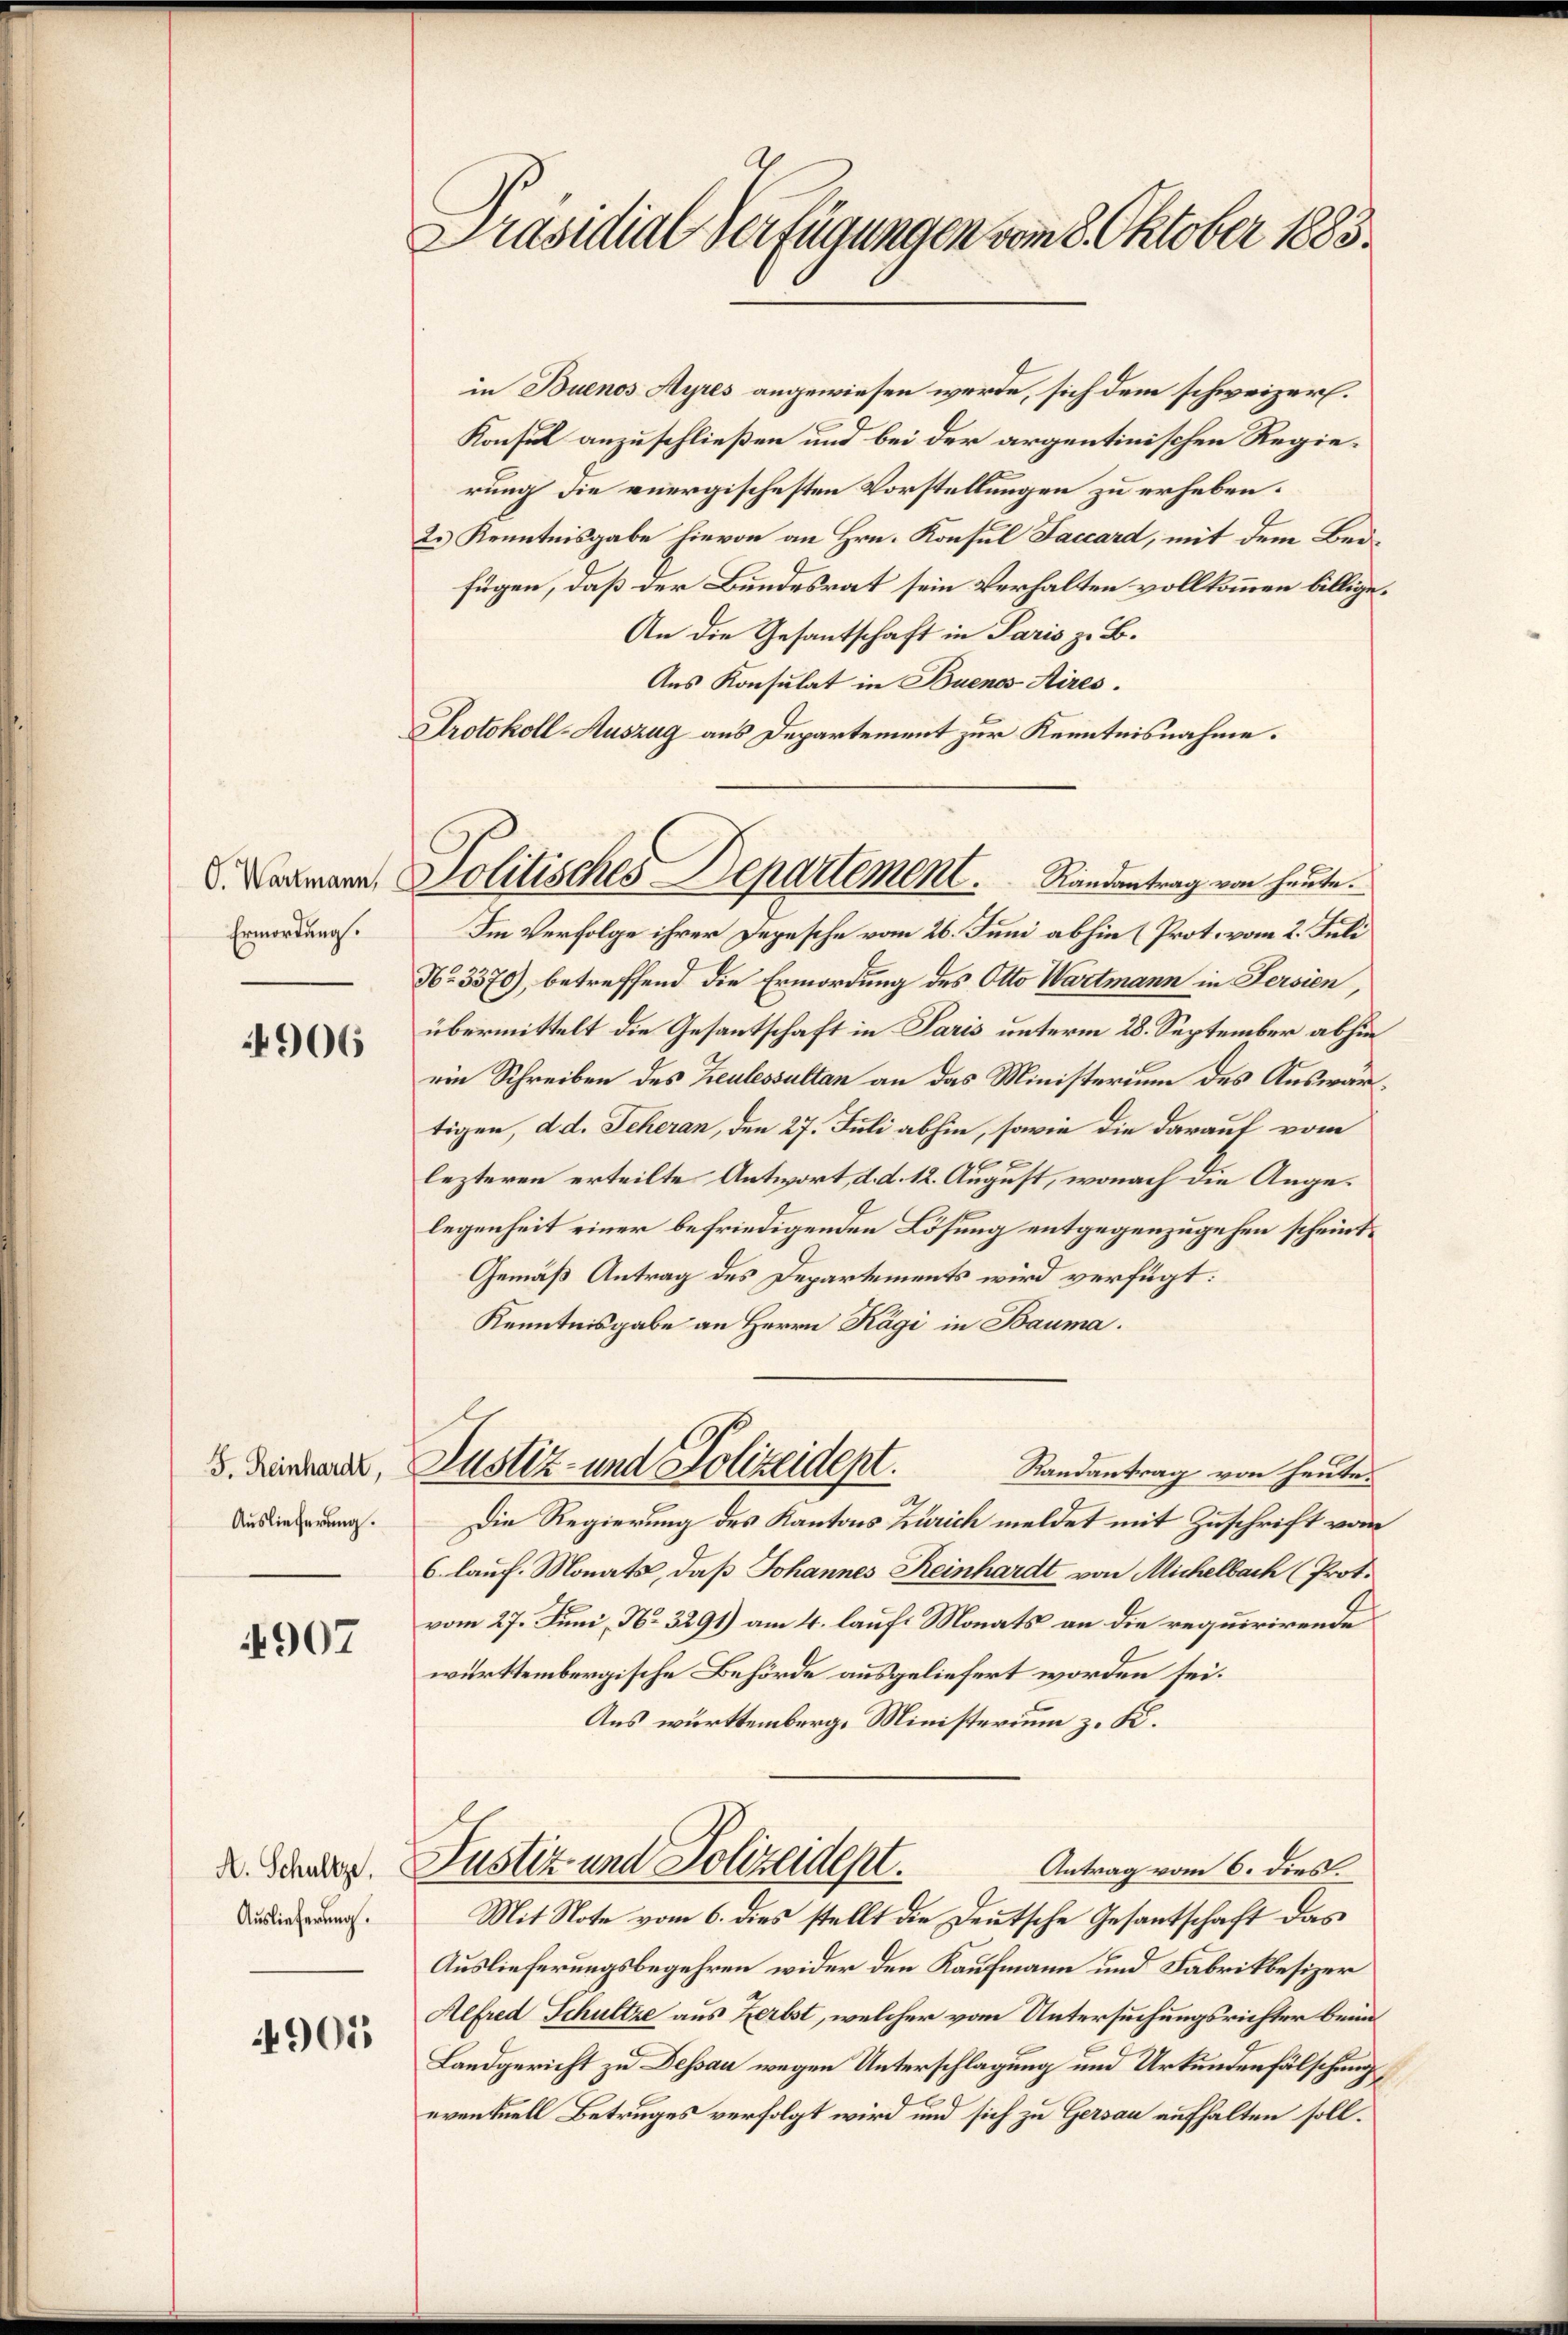
Präsidial Verfügungen vom 8. Oktober 1883.

in Buenos Ayres angewiesen werde, sich dem schweizer.
Konsul anzuschließen und bei der argentinischen Regierung die energischesten Vorstellungen zu erheben.
2.) Kenntnisgabe hievon an Hrn. Konsul Faccard, mit dem Beifügen, daß der Bundesrat sein Verhalten vollkommen billige.
An die Gesantschaft in Paris z. B.
Aus Konsulat in Buenos Aires.
Im Verfolge ihrer Depesche vom 26. Juni abhin (Prot. vom 2. Juli
No 3370), betreffend die Ermordung des Otto Wartmann in Fersien,
übermittelt die Gesantschaft in Paris unterm 28. September abhin
ein Schreiben des Zeulessultan an das Ministerium des Auswärtigen, d. d. Scheran, den 27. Juli abhin, sowie die darauf vom
lezteren erteilte Antwort, d. d. 12. August, wonach die Angelegenheit einer befriedigenden Lösung entgegenzugehen scheint.
Gemäß Antrag des Departements wird verfügt:
Kenntnisgabe an Herrn Kägi in Bauma.
Justiz- und Polizeidept.
Randantrag von heute.
A
Die Regierung des Kantons Zürich meldet mit Zuschrift vom
6 lauf. Monats, daß Johannes Reinhardt von Michelbach (Prot.
vom 27. Juni, No. 3291) am 4. lauf Monats an die requirirende
württembergische Behörde ausgeliefert worden sei.
Aus württemberg, Ministerium z. K.
D. Schader Justiz und Polizeident.
Antrag vom 6. dies
Mit Note vom 6. dies stellt die Deutsche Gesantschaft das
Auslieferungsbegehren wider den Kaufmann und Fabrikbesizer
Alfred Schultze aus Herbst, welcher vom Untersuchungsrichter beim
Landgericht zu Dessau wegen Unterschlagung und Urkundenfälschung
eventuell Betruges verfolgt wird und sich zu Gersau aufhalten soll.

Protokoll-Auszug aus Departement zur Kenntnisnahme.
Politisches Departement.     Randantrag von heute.

O. Wartmann,
Ermordung.

4906

F. Reinhardt,
Auslieferung.

4907

Auslieferung.

4905